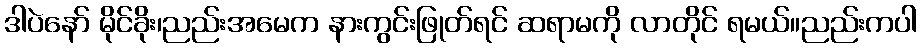
ဒါပဲနော် မိုင်ခိုး၊ညည်းအမေက နားကွင်းဖြုတ်ရင် ဆရာမကို လာတိုင် ရမယ်။ညည်းကပါ